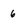
Character: 6